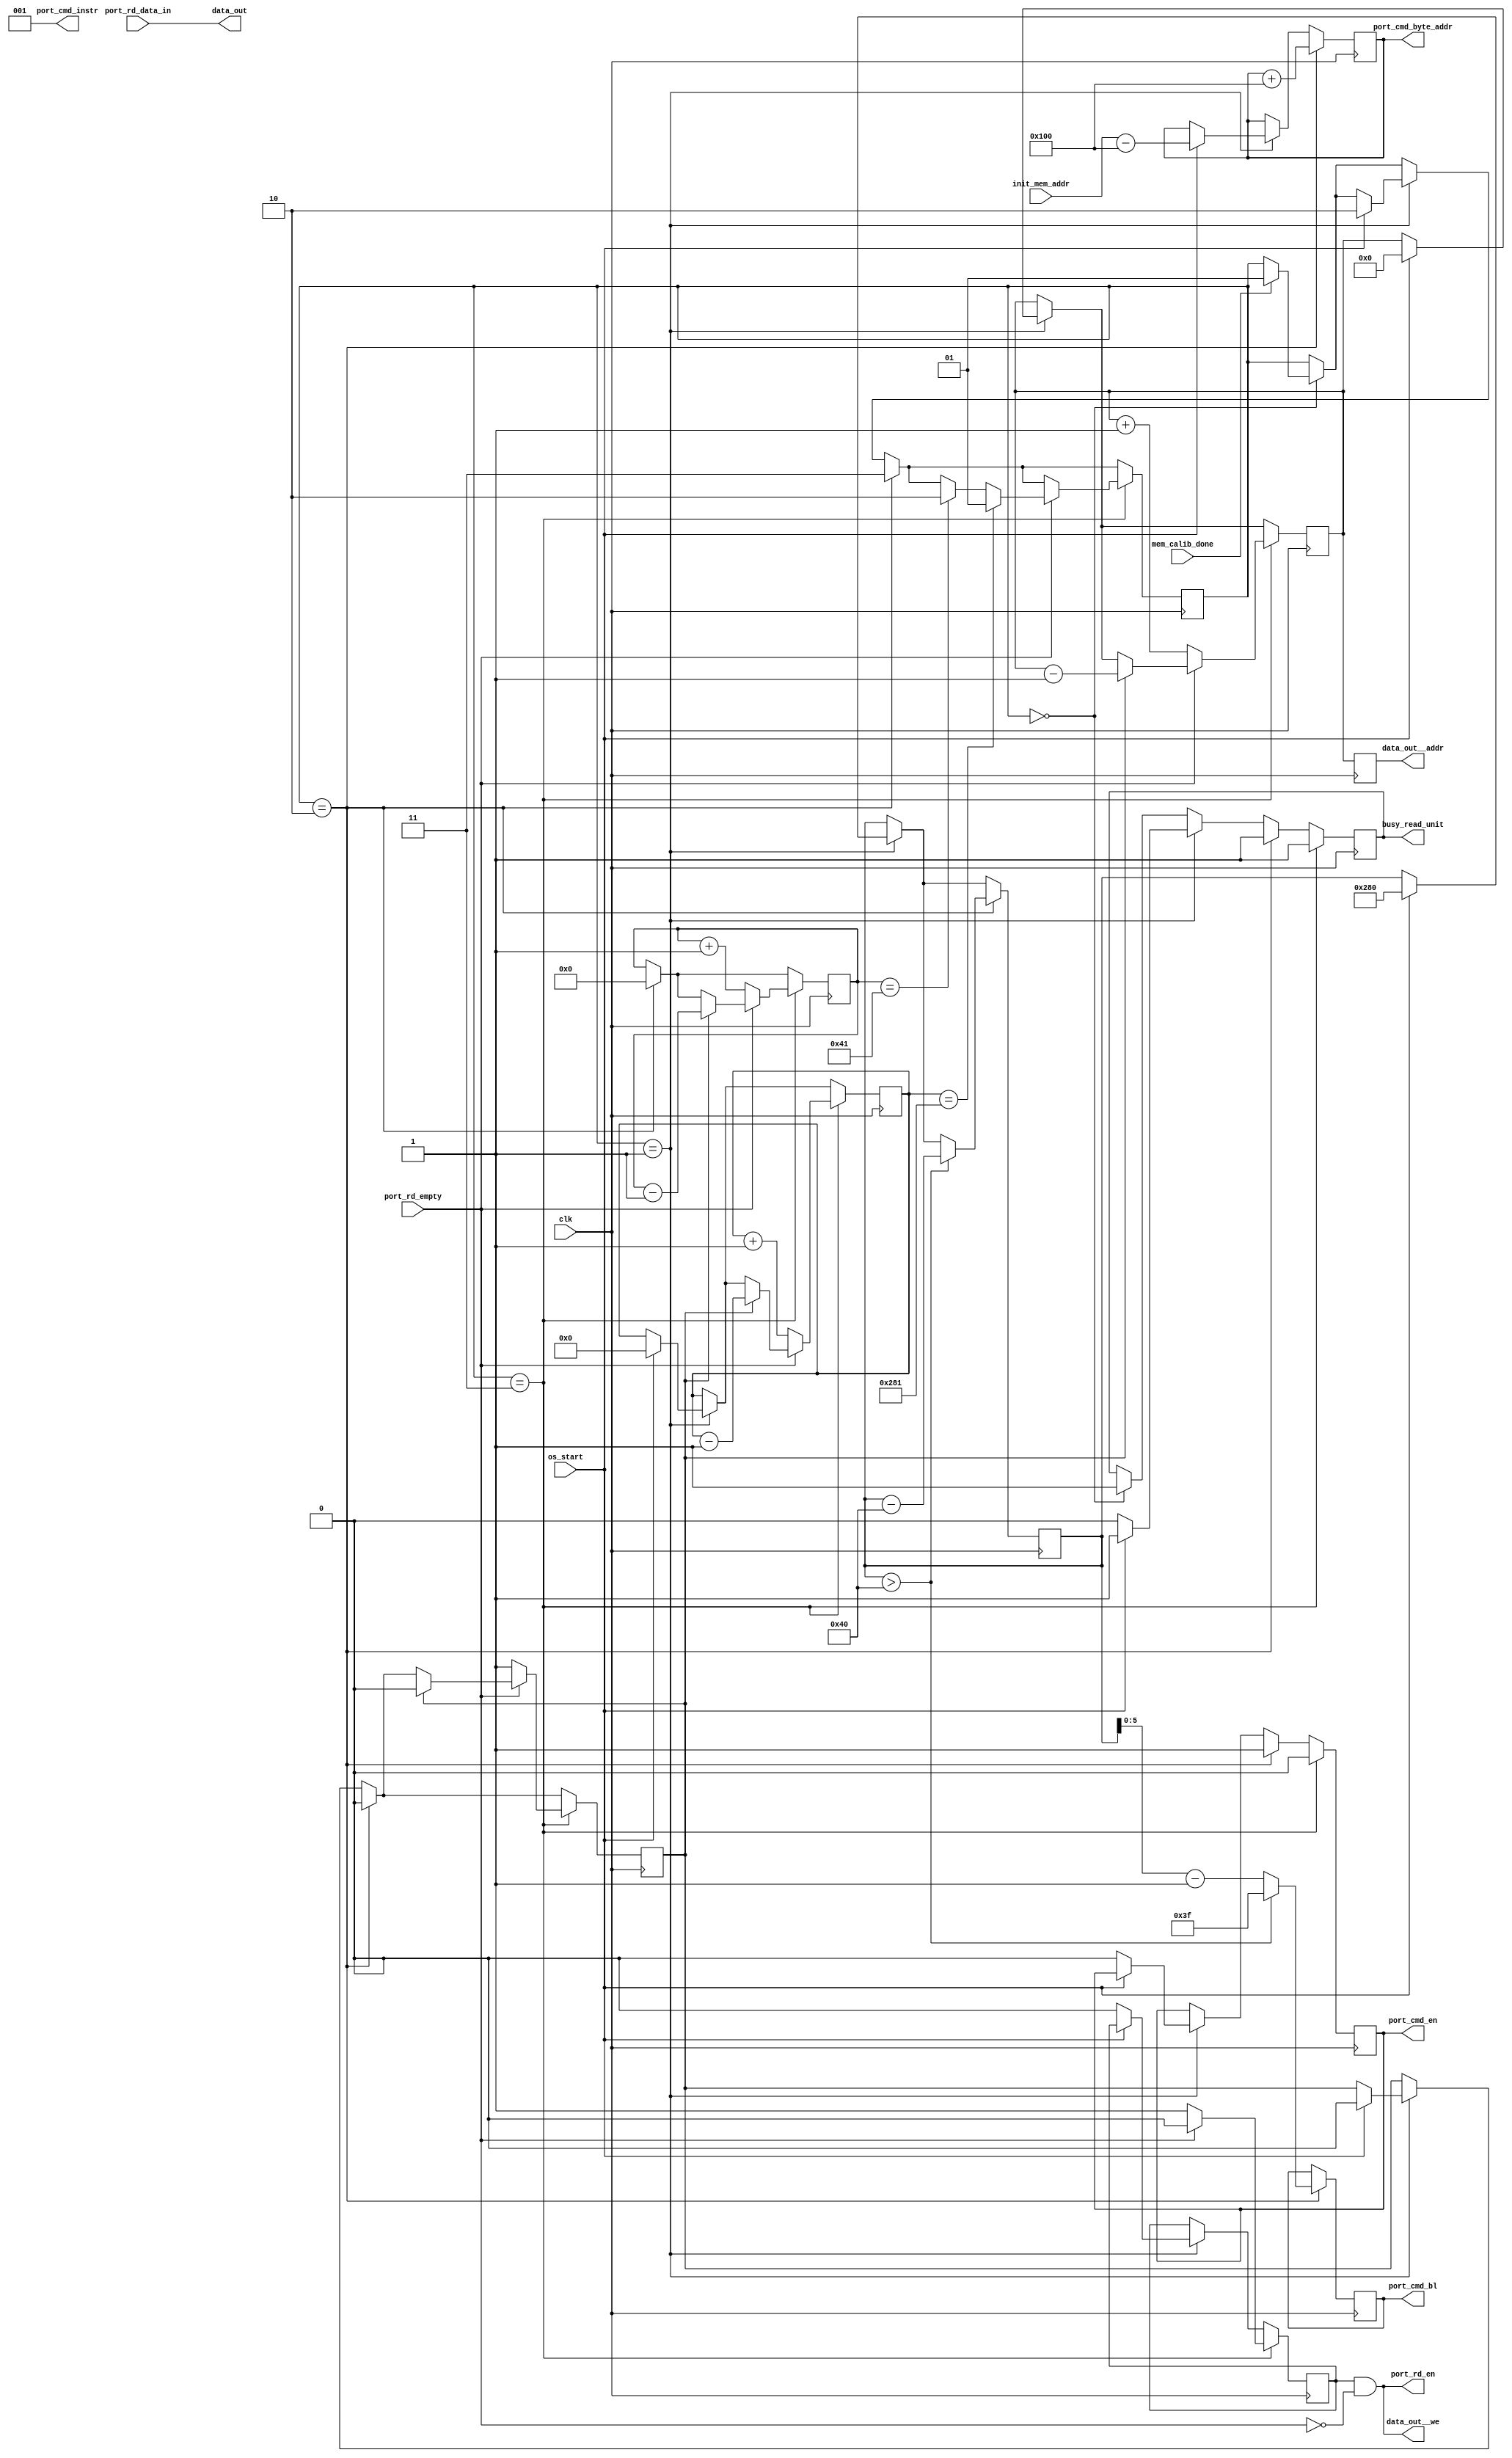
module mem_dispatcher__read
	(
	// Reloj
	clk,

	// Interfaz de control
	os_start,         // Seal de inicio de lectura
	init_mem_addr,    // Direccion externa de inicio de lectura
	busy_read_unit,

	// Salida de datos
	data_out__we,
	data_out__addr,
	data_out,

	// Interfaz con memoria externa
	mem_calib_done,
	port_cmd_en,
	port_cmd_instr,
	port_cmd_bl,
	port_cmd_byte_addr,
	port_rd_en,
	port_rd_data_in,
	port_rd_empty
	);



	// ---------- PARAMETROS ----------
	parameter       FIFO_LENGTH    = 64;   // Longitud de la cola FIFO del controlador
	parameter       WORDS_TO_READ  = 640;  // Cantidad de palabras a recibir (de 32 0 64 bits)
	parameter       BUFF_ADDR_BITS = 0;
	parameter [0:0] PORT_64_BITS   = 0;    // 



	// ---------- PARAMETROS LOCALES ----------
	// Bits necesarios para puertos
	localparam ADDR_OUT_BITS = (BUFF_ADDR_BITS>0)? (BUFF_ADDR_BITS) : (ceil_log2(WORDS_TO_READ-1));
	localparam MEM_PORT_BITS = 32 + PORT_64_BITS*32;
	// Comandos a la memoria
	localparam READ_CMD = 3'b001;
	// Varios (misc)
	localparam ADDR_STEP = PORT_64_BITS? 10'd512: 10'd256;


	// ---------- ENTRADAS Y SALIDAS ----------
	// Reloj
	input  wire                     clk;

	// Interfaz de control
	input  wire                     os_start;         // Seal de inicio de lectura
	input  wire [29:0]              init_mem_addr; // Direccion externa de lectura
	output reg                      busy_read_unit;


	// Salida de datos
	output wire                     data_out__we;
	output reg  [ADDR_OUT_BITS-1:0] data_out__addr;
	output wire [MEM_PORT_BITS-1:0] data_out;

	// Interfaz con memoria externa
	input  wire                     mem_calib_done;
	output reg                      port_cmd_en;
	output wire [2:0]               port_cmd_instr;
	output reg  [5:0]               port_cmd_bl;
	output reg  [29:0]              port_cmd_byte_addr;
	output wire                     port_rd_en;
	input  wire [MEM_PORT_BITS-1:0] port_rd_data_in;
	input  wire                     port_rd_empty;

	initial busy_read_unit <= 1'b1;

	// ---------- MDULO ----------
	assign port_rd_en = pn_rd_en_state & (~port_rd_empty);
	assign data_out = port_rd_data_in;
	assign data_out__we = port_rd_en;

	assign port_cmd_instr = READ_CMD; // Comando constante de lectura

	//??n_data_rd
	localparam n_data_rd_bits = 16; // Valor real y necesario???
	localparam [n_data_rd_bits-1:0] FIFO_LENGTH_FIXED = FIFO_LENGTH;


	reg [1:0]                state           = 0; // Estado actual maquina de estados
	reg                      pn_rd_en_state  = 0; // ??
	reg [ADDR_OUT_BITS-1:0]  buff_add        = 0; // Direccion 
	reg [6:0]                fifo_count      = 0; // Contador de la cola FIFO
	reg [16:0]               rec_words_count = 0; // Contador de palabras recibidos
	reg [n_data_rd_bits-1:0] n_data_rd       = 0; // ??
	reg                      lock            = 0; // ??

	initial port_cmd_en = 0; // Salida

	always @( posedge clk ) begin
    
		data_out__addr <= buff_add;

		// Estado 0: Esperar que memoria est calibrada
		//           No hacer nada hasta entonces
		if( state == 0 ) begin
		
			busy_read_unit <= 1'b1;
			if( mem_calib_done )
				state <= 1;
			
		end


		// Estado 1: En espera de seal de control
		//            para iniciar lectura
		if( state == 1 ) begin
			if( os_start ) begin
				busy_read_unit     <= 1;
				state              <= 2;
				lock               <= 0;
				buff_add           <= 0;
				port_cmd_byte_addr <= init_mem_addr - ADDR_STEP;
				rec_words_count    <= 0;
				n_data_rd          <= WORDS_TO_READ;
			end
			else begin
				pn_rd_en_state  <= 0;
				port_cmd_en     <= 0;
				busy_read_unit  <= 0;
			end
		end // Estado 1


		// Estado 2: 
		if( state == 2 ) begin
			busy_read_unit <= 1'b1;
			if( n_data_rd > FIFO_LENGTH ) begin
				port_cmd_bl <= FIFO_LENGTH - 1;
				n_data_rd   <= n_data_rd - FIFO_LENGTH_FIXED;
			end
			else
				port_cmd_bl <= n_data_rd[5:0] - 1'b1;

			lock             <= 0;
			fifo_count       <= 0;
			state            <= 3;

			port_cmd_byte_addr <= port_cmd_byte_addr + ADDR_STEP; // incrementos en direcciones de 64 words
			port_cmd_en        <= 1;
		end // Estado 2


		// Estado 3: 
		if( state == 3 ) begin
			busy_read_unit <= 1'b1;
			port_cmd_en    <= 0;
			if( ~port_rd_empty ) begin
				pn_rd_en_state     <= 1;
				buff_add           <= buff_add + 1'b1;
				fifo_count         <= fifo_count + 1'b1;
				rec_words_count    <= rec_words_count + 1'b1;
				lock               <= 1;
			end
			else begin
				pn_rd_en_state <= 0;
				if( fifo_count == FIFO_LENGTH + 1 ) begin
					state     <= 2;
				end
				if( rec_words_count == WORDS_TO_READ + 1 ) begin
					state     <= 1;
				end
				if( lock ) begin
					buff_add        <= buff_add - 1'b1;
					fifo_count      <= fifo_count - 1'b1;
					rec_words_count <= rec_words_count - 1'b1;
					lock            <= 0;
				end // lock
			end
		end // Estado 3


		//end // mem_calib_done
		//else
			//busy_read_unit   <= 1;

	end // always
    
    
    
	// ---------- FUNCIONES ----------
	// calcula bits necesarios para representar el argumento "in_number"
	// Evaluada en tiempo de sintesis
	function integer ceil_log2( input [31:0] in_number );
		for( ceil_log2 = 0; in_number > 0; ceil_log2 = ceil_log2 + 1 )
			in_number = in_number >> 1;
	endfunction

endmodule